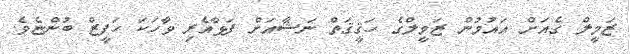
ޒަމީލް ގެއަށް އައުމުން ޒަމީލްގެ ހަޤީޤަތް ނަޝާއަށް ފަޅާއެރި ވާހަކަ ހަފީޒް ބުންޏެވެ.